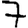
Digit: 7